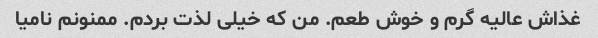
غذاش عالیه گرم و خوش طعم. من که خیلی لذت بردم. ممنونم نامیا